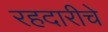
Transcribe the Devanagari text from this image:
रहदारीचे